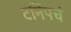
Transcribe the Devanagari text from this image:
टर्निपचं